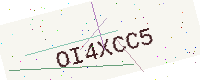
Text: OI4XCC5